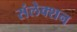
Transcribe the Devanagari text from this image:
संलेक्शन